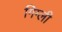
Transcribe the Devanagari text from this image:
गिग्ली